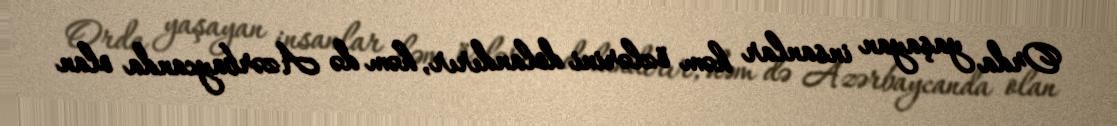
Orda yaşayan insanlar həm özlərini dolandırır, həm də Azərbaycanda olan